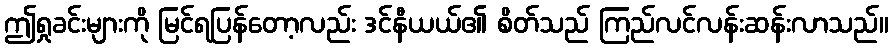
ဤရှုခင်းများကို မြင်ရပြန်တော့လည်း ဒင်နီယယ်၏ စိတ်သည် ကြည်လင်လန်းဆန်းလာသည်။